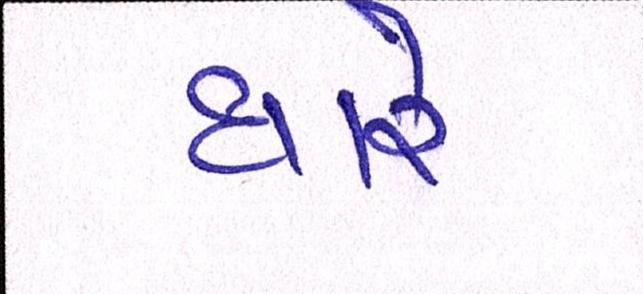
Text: ધારે